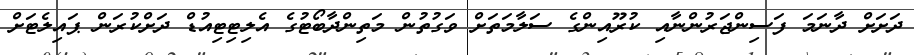
ދަށަށް ދާނަމަ ފަސިންޖަރުންނާއި ކުރޫއިންގެ ސަލާމަތަށް ވަގުތުން މަތިންދާބޯޓުގެ އެލިޓިޓިއުޑް ދަށްކުރަން ޕައިލެޓަށް